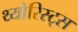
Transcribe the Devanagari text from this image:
थ्योरिस्ट्स